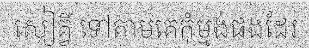
សៀគ្វី ទៅតាមគេកុំម្មង់ផងដែរ